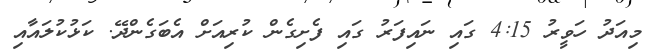
މިއަދު ހަވީރު 4:15 ގައި ނައިފަރު ގައި ފެށިގެން ކުރިއަށް އެބަގެންދޭ. ކަޅުކުލައާއި